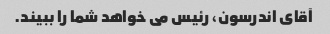
آقای اندرسون، رئیس می خواهد شما را ببیند.